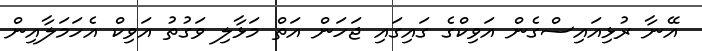
އޭނާ ރުޅިއައިސްގެން އަވިކްގެ ގައިގައި ޖަހަން އަތް މަޅާލި ވަގުތު އަވިކް އެހަމަލާއިން